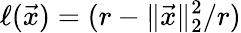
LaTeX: \ell(\vec{x})=(r-\| \vec{x}\| _{2}^{2}/r)